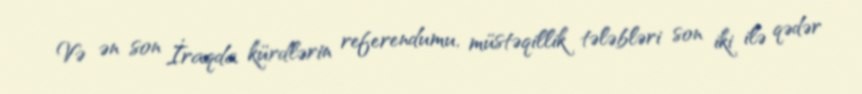
Və ən son İraqda kürdlərin referendumu, müstəqillik tələbləri son iki ilə qədər